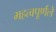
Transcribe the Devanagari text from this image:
महत्वपूर्णले